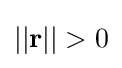
||\mathbf {r} ||>0